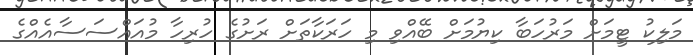
މަލިކު ޓީމަށް މަރުހަބާ ކިޔުމަށް ބޭއްވި މި ހަރަކާތަށް ރަށުގެ ހުރިހާ މުއައްސަސާއެއްގެ